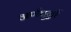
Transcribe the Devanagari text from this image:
अर्णपुर्न्ना